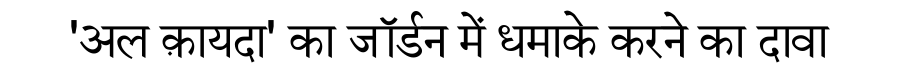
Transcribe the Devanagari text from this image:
'अल क़ायदा' का जॉर्डन में धमाके करने का दावा